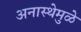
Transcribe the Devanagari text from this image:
अनास्थेमुळे